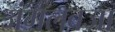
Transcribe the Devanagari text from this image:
जंगलवजा